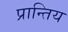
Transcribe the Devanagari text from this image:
प्रान्तिय